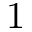
1